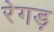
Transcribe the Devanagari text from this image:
रेगड़